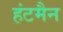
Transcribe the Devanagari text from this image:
हंटमैन